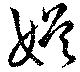
娯